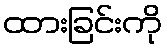
ထားခြင်းကို